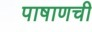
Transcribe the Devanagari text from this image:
पाषाणची